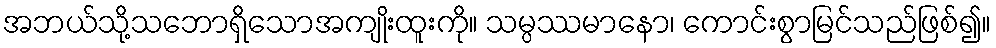
အဘယ်သို့သဘောရှိသောအကျိုးထူးကို။ သမ္ပဿမာနော၊ ကောင်းစွာမြင်သည်ဖြစ်၍။